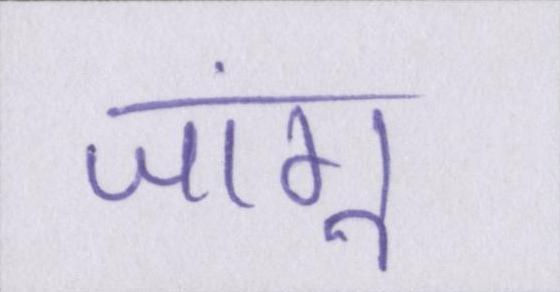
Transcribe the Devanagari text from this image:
जांगू